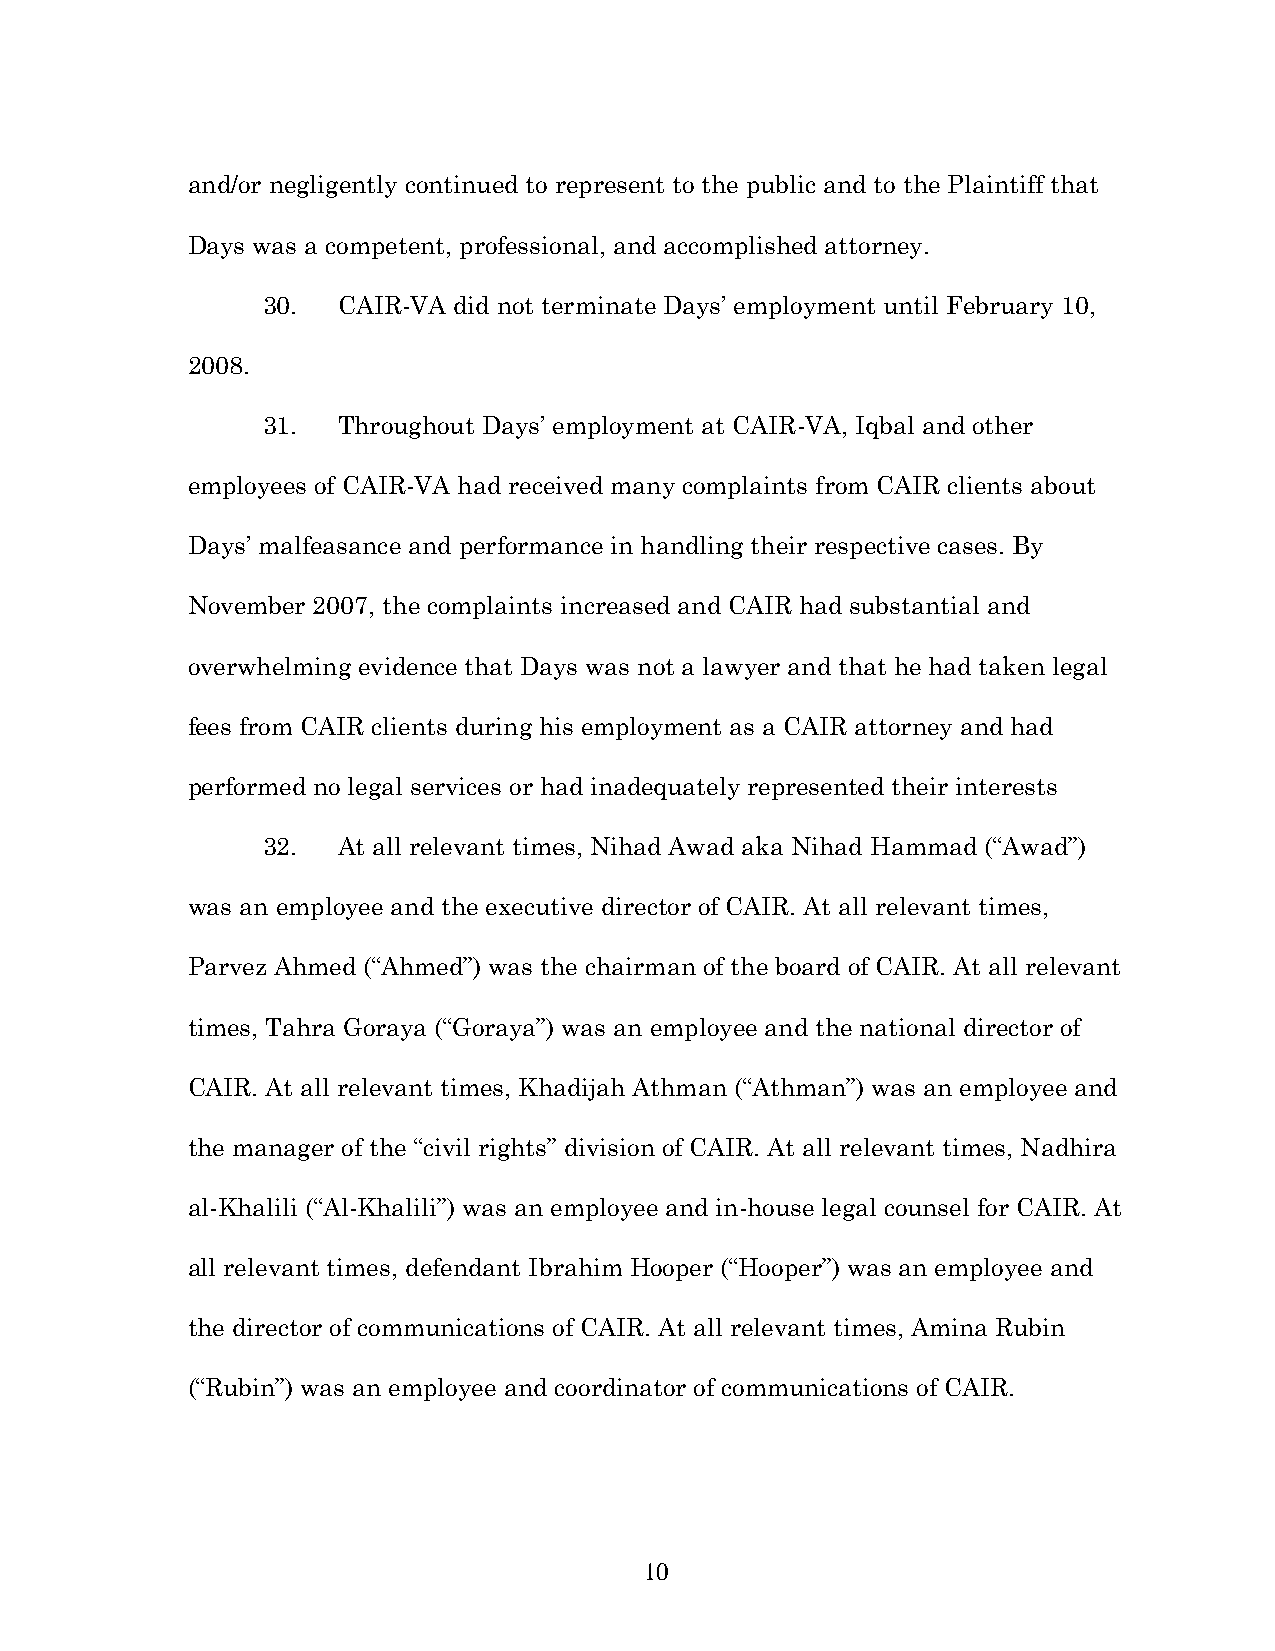
and/or negligently continued to represent to the public and to the Plaintiff that
 Days was a competent, professional, and accomplished attorney.
 30.  CAIR-VA did not terminate Days’ employment until February 10,
 2008.
 31.  Throughout Days’ employment at CAIR-VA, Iqbal and other
 employees of CAIR-VA had received many complaints from CAIR clients about
 Days’ malfeasance and performance in handling their respective cases. By
 November 2007, the complaints increased and CAIR had substantial and
 overwhelming evidence that Days was not a lawyer and that he had taken legal
 fees from CAIR clients during his employment as a CAIR attorney and had
 performed no legal services or had inadequately represented their interests
 32.  At all relevant times, Nihad Awad aka Nihad Hammad (“Awad”)
 was an employee and the executive director of CAIR. At all relevant times,
 Parvez Ahmed (“Ahmed”) was the chairman of the board of CAIR. At all relevant
 times, Tahra Goraya (“Goraya”) was an employee and the national director of
 CAIR. At all relevant times, Khadijah Athman (“Athman”) was an employee and
 the manager of the “civil rights” division of CAIR. At all relevant times, Nadhira
 al-Khalili (“Al-Khalili”) was an employee and in-house legal counsel for CAIR. At
 all relevant times, defendant Ibrahim Hooper (“Hooper”) was an employee and
 the director of communications of CAIR. At all relevant times, Amina Rubin
 (“Rubin”) was an employee and coordinator of communications of CAIR.
 10